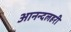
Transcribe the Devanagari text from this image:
आनन्दलहरी